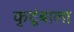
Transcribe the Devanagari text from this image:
कुटूंबाला